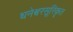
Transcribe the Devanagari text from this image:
धनेश्वरसूरिकृत